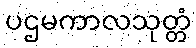
ပဌမကာလသုတ္တံ